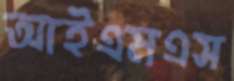
আইএমএস